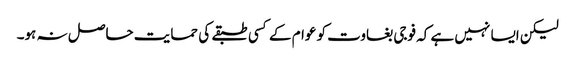
لیکن ایسا نہیں ہے کہ فوجی بغاوت کو عوام کے کسی طبقے کی حمایت حاصل نہ ہو۔